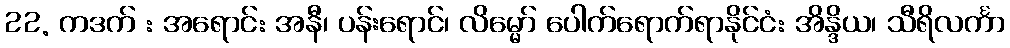
22. ကဒက် : အရောင်: အနီ၊ ပန်းရောင်၊ လိမ္မော် ပေါက်ရောက်ရာနိုင်ငံ: အိန္ဒိယ၊ သီရိလင်္ကာ